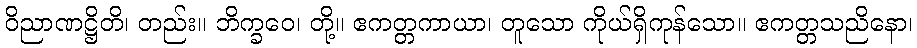
ဝိညာဏဋ္ဌိတိ၊ တည်း။ ဘိက္ခဝေ၊ တို့။ ဧကတ္တကာယာ၊ တူသော ကိုယ်ရှိကုန်သော။ ဧကတ္တသညိနော၊